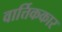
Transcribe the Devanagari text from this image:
वार्त्तिककार